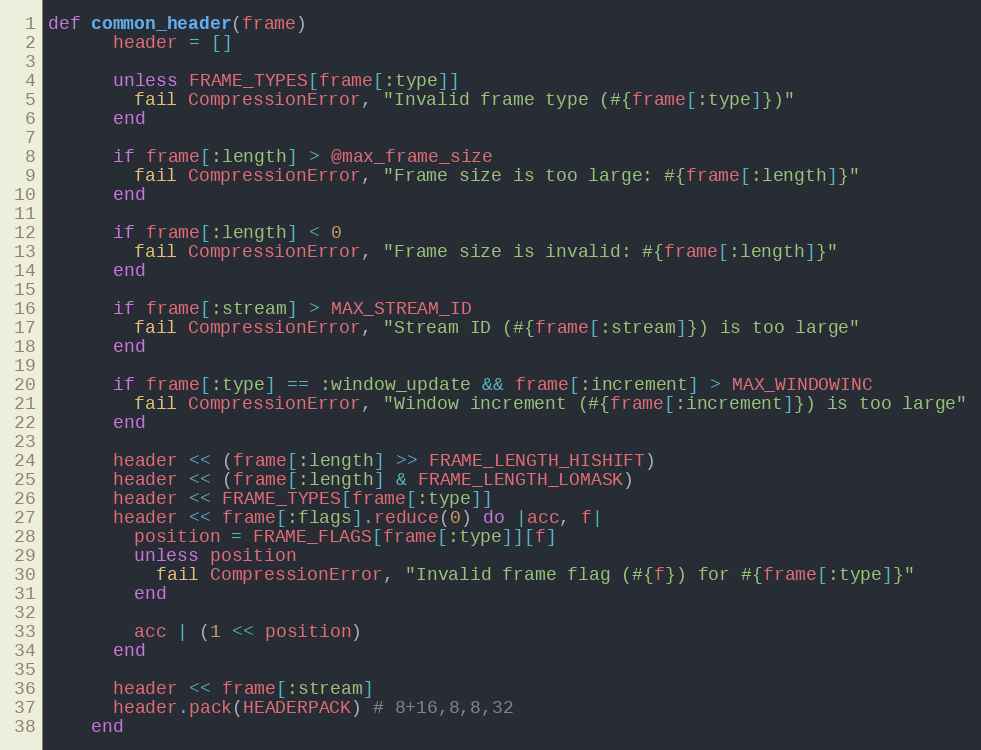
Language: Ruby
def common_header(frame)
      header = []

      unless FRAME_TYPES[frame[:type]]
        fail CompressionError, "Invalid frame type (#{frame[:type]})"
      end

      if frame[:length] > @max_frame_size
        fail CompressionError, "Frame size is too large: #{frame[:length]}"
      end

      if frame[:length] < 0
        fail CompressionError, "Frame size is invalid: #{frame[:length]}"
      end

      if frame[:stream] > MAX_STREAM_ID
        fail CompressionError, "Stream ID (#{frame[:stream]}) is too large"
      end

      if frame[:type] == :window_update && frame[:increment] > MAX_WINDOWINC
        fail CompressionError, "Window increment (#{frame[:increment]}) is too large"
      end

      header << (frame[:length] >> FRAME_LENGTH_HISHIFT)
      header << (frame[:length] & FRAME_LENGTH_LOMASK)
      header << FRAME_TYPES[frame[:type]]
      header << frame[:flags].reduce(0) do |acc, f|
        position = FRAME_FLAGS[frame[:type]][f]
        unless position
          fail CompressionError, "Invalid frame flag (#{f}) for #{frame[:type]}"
        end

        acc | (1 << position)
      end

      header << frame[:stream]
      header.pack(HEADERPACK) # 8+16,8,8,32
    end